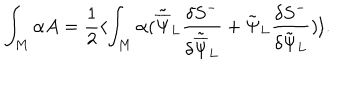
\int _ { M } \alpha A = { \frac { 1 } { 2 } } \langle \int _ { M } \alpha ( { \tilde { \overline { { \Psi } } } } _ { L } { \frac { \delta { S } ^ { - } } { \delta { \tilde { \overline { { \Psi } } } } _ { L } } } + { \tilde { \Psi } } _ { L } { \frac { \delta { S } ^ { - } } { \delta { \tilde { \Psi } } _ { L } } } ) \rangle .